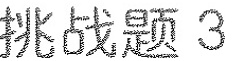
挑战题3